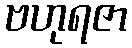
ဗဟုရဇာ